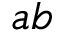
a b